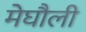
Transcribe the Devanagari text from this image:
मेघौली